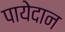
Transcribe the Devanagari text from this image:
पायेदान